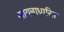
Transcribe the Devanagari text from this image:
सायनाधारित